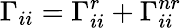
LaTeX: \Gamma_{ii}=\Gamma_{ii}^{r}+\Gamma_{ii}^{nr}